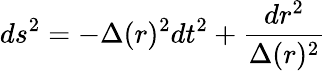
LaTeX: ds^{2}=-\Delta(r)^{2}dt^{2}+\frac{dr^{2}}{\Delta(r)^{2}}